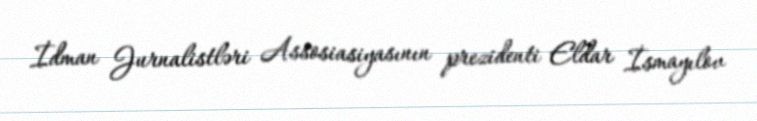
İdman Jurnalistləri Assosiasiyasının prezidenti Eldar İsmayılov